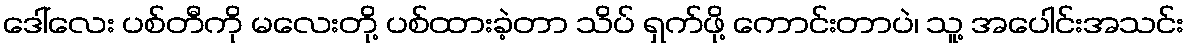
ဒေါ်လေး ပစ်တီကို မလေးတို့ ပစ်ထားခဲ့တာ သိပ် ရှက်ဖို့ ကောင်းတာပဲ၊ သူ့ အပေါင်းအသင်း